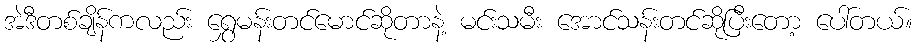
အဲဒီတစ်ချိန်ကလည်း ရွှေမန်းတင်မောင်ဆိုတာနဲ့ မင်းသမီး အောင်သန်းတင်ဆိုပြီးတော့ ပေါ်တယ်။